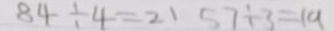
8 4 \div 4 = 2 1 5 7 \div 3 = 1 9